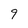
Character: 9